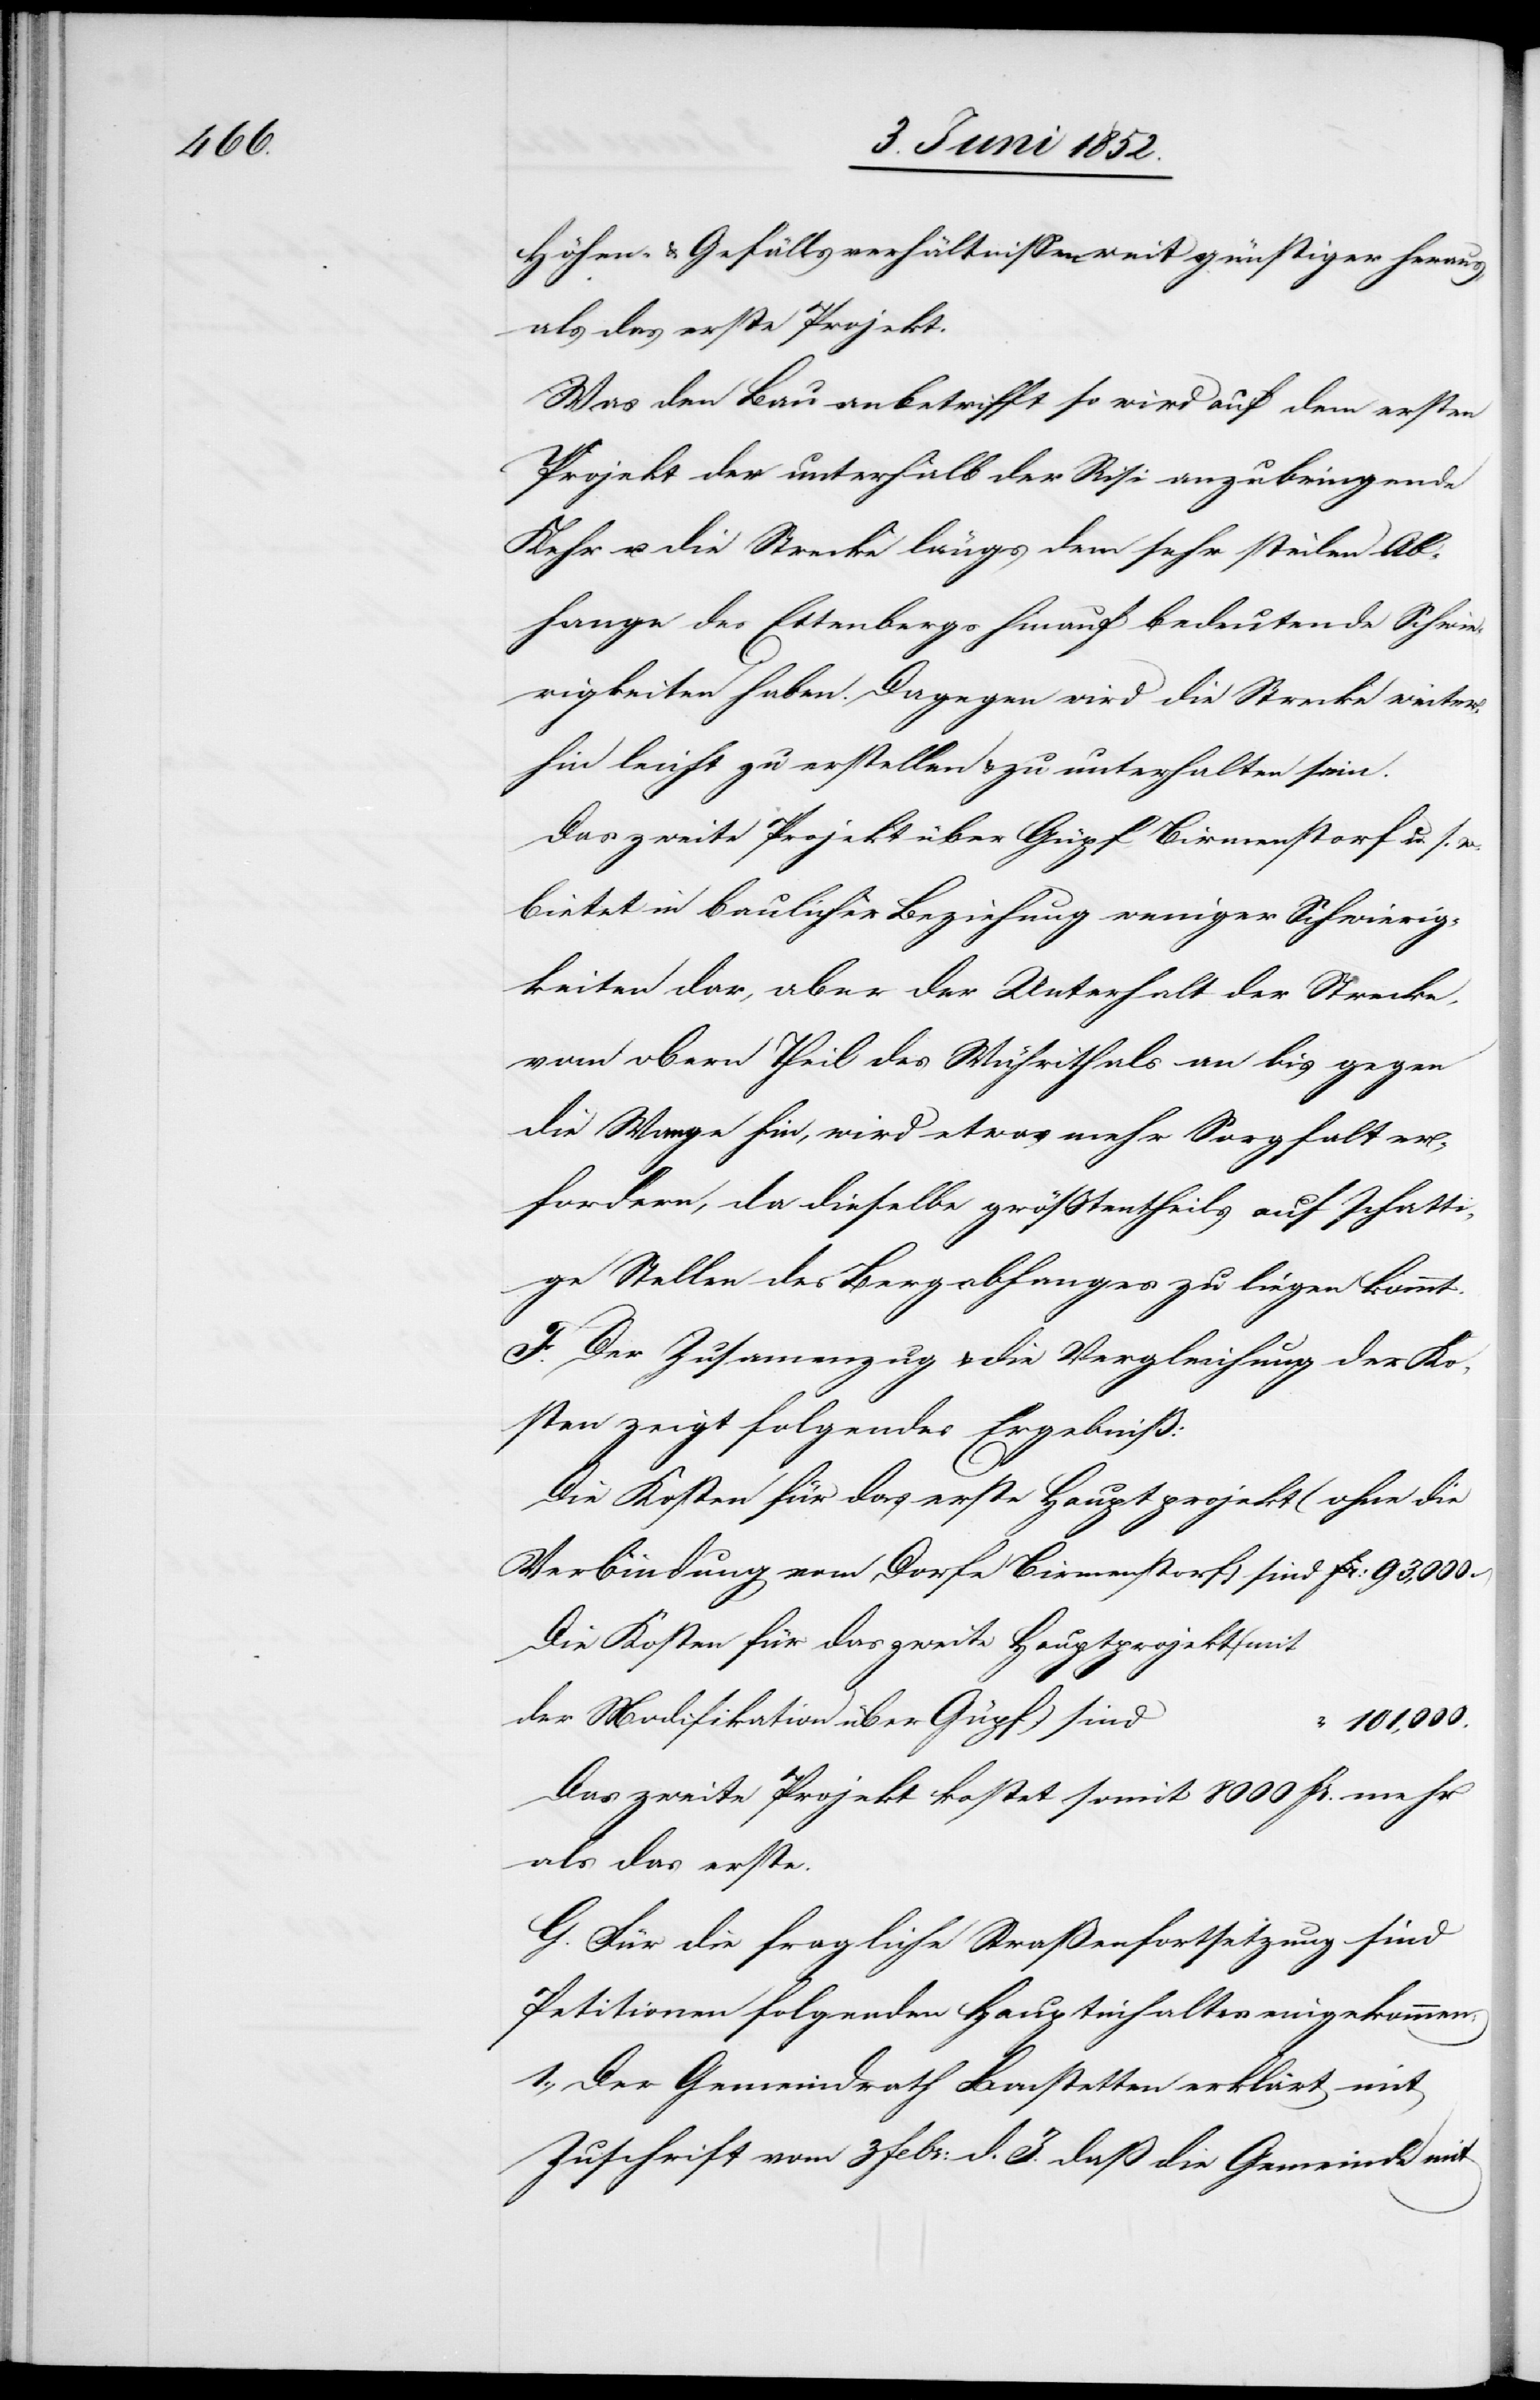
Höhen- & Gefällsverhältnissen weit günstiger heraus,
als das erste Projekt.
Was den Bau anbetrifft so wird auf dem ersten
Projekt der unterhalb der Risi anzubringende
Kehr u. die Strecke längs dem sehr steilen Ab¬
hange des Ettenbergs hinauf bedeutende Schwie¬
rigkeiten haben. Dagegen wird die Strecke weiter¬
hin leicht zu erstellen & zu unterhalten sein.
Das zweite Projekt über Güpf[,] Birmenstorf u. s. w.
bietet in baulicher Beziehung weniger Schwierig¬
keiten dar, aber der Unterhalt der Strecke,
vom obern Theil des Wührithals an bis gegen
die Wange hin, wird etwas mehr Sorgfalt er¬
fordern, da dieselbe grösstentheils auf schatt¬
ige Stellen des Bergabhanges zu liegen kommt.
F. Der Zusam[m]enzug & die Vergleichung der Ko¬
sten zeigt folgendes Ergebniß:
Die Kosten für das erste Hauptprojekt (ohne die
Verbindung vom Dorfe Birmenstorf) sind
Die Kosten für das zweite Hauptprojekt (mit
der Modifikation über Güpf) sind
101,000.
Das zweite Projekt kostet somit 8000 Fr. mehr
als das erste.
G. Für die fragliche Straßenfortsetzung sind
Petitionen folgenden Hauptinhaltes eingekommen:
1., Der Gemeindrath Bonstetten erklärt mit
Zuschrift vom 3 Febr: d. J. daß die Gemeinde mit